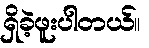
ရှိခဲ့ဖူးပါတယ်။